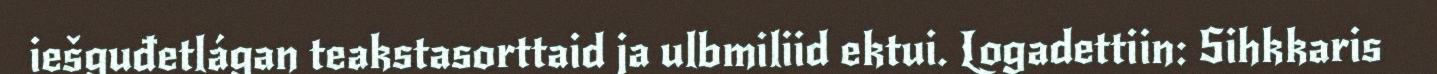
iešguđetlágan teakstasorttaid ja ulbmiliid ektui. Logadettiin: Sihkkaris